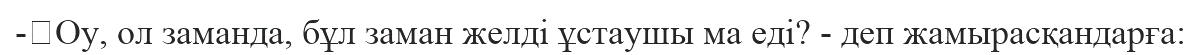
-	Оу, ол заманда, бұл заман желді ұстаушы ма еді? - деп жамырасқандарға: